Scottish Leaving Certificate Examination, 1955
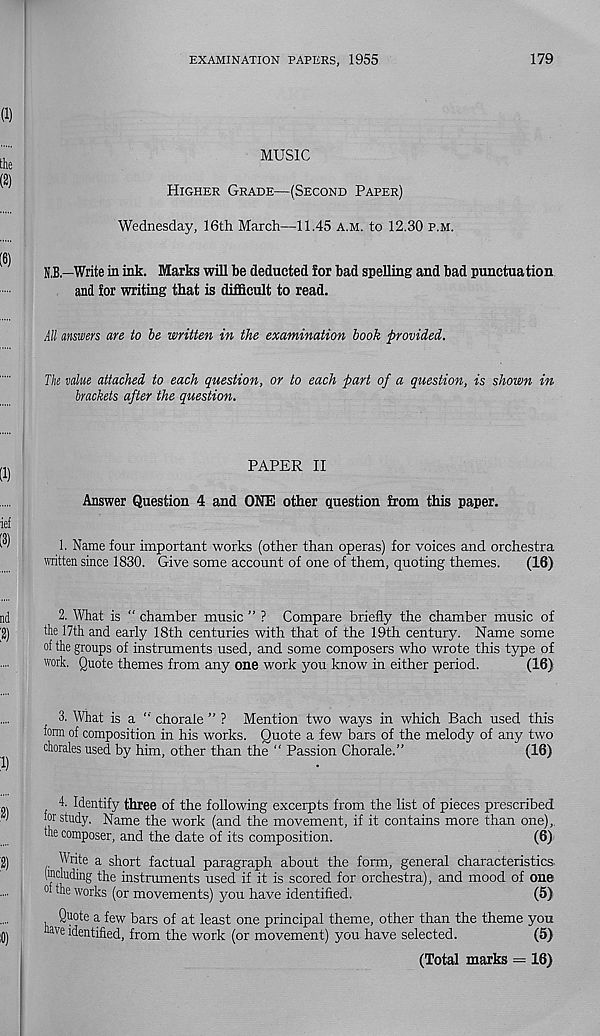
EXAMINATION PAPERS, 1955
179
MUSIC
Higher Grade—(Second Paper)
Wednesday, 16th March—11.45 A.M. to 12.30 p.m.
B.B.—Write in ink. Marks will be deducted for bad spelling and bad punctuation
and for writing that is difficult to read.
All answers are to be written in the examination book 'provided.
The value attached to each question, or to each part of a question, is shown in
brackets after the question.
PAPER II
Answer Question 4 and ONE other question from this paper.
1. Name four important works (other than operas) for voices and orchestra
written since 1830. Give some account of one of them, quoting themes.
(16)
2. What is “ chamber music ” ? Compare briefly the chamber music of
the 17th and early 18th centuries with that of the 19th century. Name some
of the groups of instruments used, and some composers who wrote this type of
work. Quote themes from any one work you know in either period.
(16)
3. What is a chorale ” ? Mention two ways in which Bach used this
form of composition in his works. Quote a few bars of the melody of any two
chorales used by him, other than the “ Passion Chorale.”
(16)
4. Identify three of the following excerpts from the list of pieces prescribed
for study. Name the work (and the movement, if it contains more than one),,
the composer, and the date of its composition.
(6)-
Write a short factual paragraph about the form, general characteristics,
(including the instruments used if it is scored for orchestra), and mood of one
of the works (or movements) you have identified.
(5)
Quote a few bars of at least one principal theme, other than the theme you
have identified, from the work (or movement) you have selected.
(5)
(Total marks = 16)